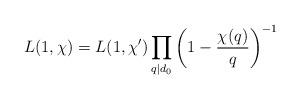
LaTeX: \begin{align*}L(1,\chi) =L(1,\chi')\prod_{q\mid d_0}\left (1-\frac{\chi(q)}{q}\right )^{-1}\end{align*}